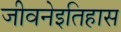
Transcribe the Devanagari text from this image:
जीवनेइतिहास